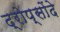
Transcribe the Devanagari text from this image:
द्रोप्सोंदे